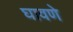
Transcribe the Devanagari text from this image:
घावणे